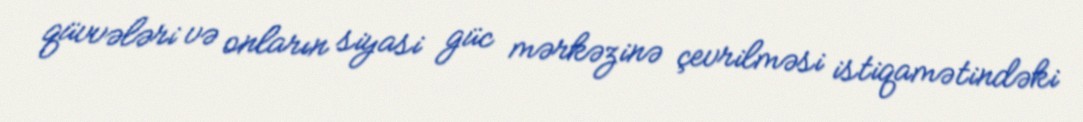
qüvvələri və onların siyasi güc mərkəzinə çevrilməsi istiqamətindəki